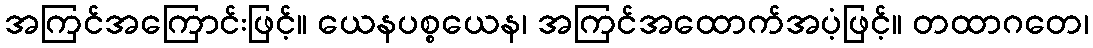
အကြင်အကြောင်းဖြင့်။ ယေနပစ္စယေန၊ အကြင်အထောက်အပံ့ဖြင့်။ တထာဂတေ၊